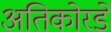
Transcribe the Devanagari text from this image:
अतिकोरडे